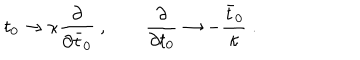
t _ { 0 } \rightarrow \kappa { \frac { \partial } { \partial { \bar { t } } _ { 0 } } } \ , \qquad { \frac { \partial } { \partial t _ { 0 } } } \rightarrow - { \frac { \bar { t } _ { 0 } } { \kappa } } \ .